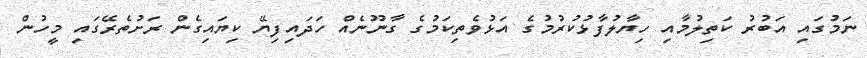
ނަމުގައި އަބުރު ކަތިލުމާއި ހިޔާލުފާޅުކުރުމުގެ އަޅުވެތިކަމުގެ ގާނޫނެއް ހަދައިފިޔޭ ކިޔައިގެން ރަށުތެރޭގައި މީހުން